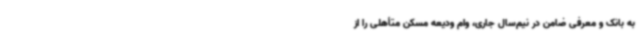
به بانک و معرفی ضامن در نیم‌سال جاری، وام ودیعه مسکن متأهلی را از